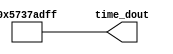
module time_stamp
(
  output wire [31:0]  time_dout
);
  assign time_dout  = 32'h5737ADFF;
endmodule